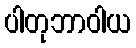
ပါတုဘာဝါယ